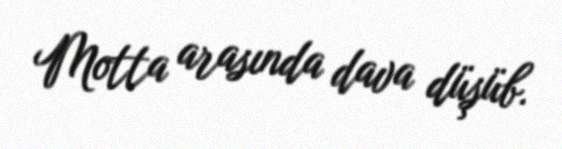
Motta arasında dava düşüb.